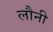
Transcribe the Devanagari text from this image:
लौनी